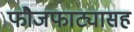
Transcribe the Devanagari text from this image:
फौजफाट्यासह